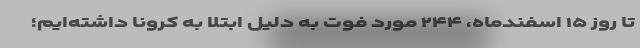
تا روز ۱۵ اسفندماه، ۲۴۴ مورد فوت به دلیل ابتلا به کرونا داشته‌ایم؛